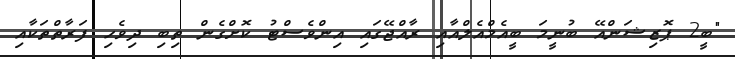
"ބީ2 ޕޮޒިޝަންއޭ ބުނީމަ ބީއެމްއެލްއާއި ރާއްޖޭގައި އިންވެސްޓު ކޮށްގެން ތިބި ދިވެހި ފަރާތްތަކާއި